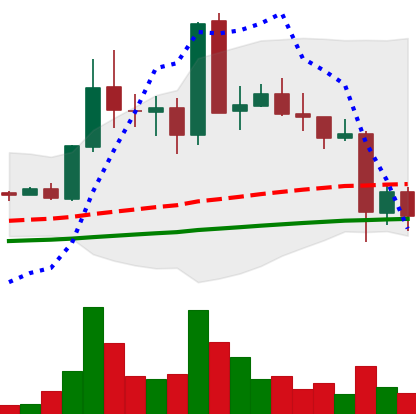
Ticker: EOS-USD
Chart end date: 2021-05-21
Forward return: 15.689%
Label: up_7plus